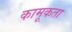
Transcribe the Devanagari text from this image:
कामूकता